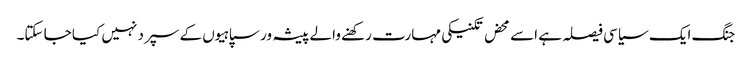
جنگ ایک سیاسی فیصلہ ہے اسے محض تکنیکی مہارت رکھنے والے پیشہ ور سپاہیوں کے سپرد نہیں کیا جا سکتا۔